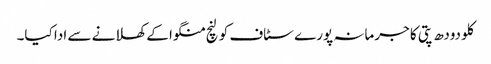
کلو دودھ پتی کا جرمانہ پورے سٹاف کو لنچ منگوا کے کھلانے سے ادا کیا۔